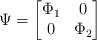
\begin{align*}\Psi = \begin{bmatrix}\Phi_1 & 0\\0 & \Phi_2\end{bmatrix}\end{align*}